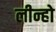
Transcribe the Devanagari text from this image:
लीन्‍हो